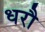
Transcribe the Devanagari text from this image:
धरौ